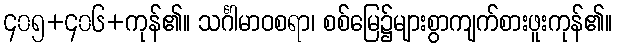
၄၀၅+၄၀၆+ကုန်၏။ သင်္ဂါမာဝစရာ၊ စစ်မြေ၌များစွာကျက်စားဖူးကုန်၏။